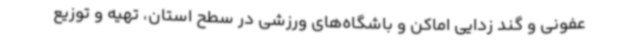
عفونی و گند زدایی اماکن و باشگاه‌های ورزشی در سطح استان، تهیه و توزیع